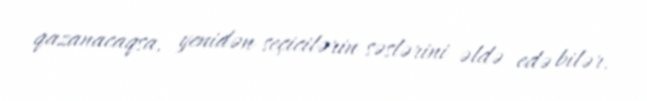
qazanacaqsa, yenidən seçicilərin səslərini əldə edə bilər.